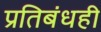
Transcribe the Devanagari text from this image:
प्रतिबंधही